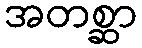
အတစ္ဆာ